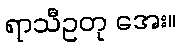
ရာသီဥတု အေး။